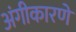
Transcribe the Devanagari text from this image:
अंगीकारणे